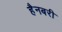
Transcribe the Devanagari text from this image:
हैनबरी